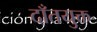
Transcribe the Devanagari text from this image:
दाँतयुक्त